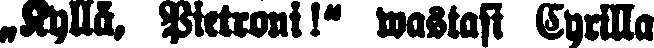
„Kyllä, Peitroni!" wastasi Cyrilla